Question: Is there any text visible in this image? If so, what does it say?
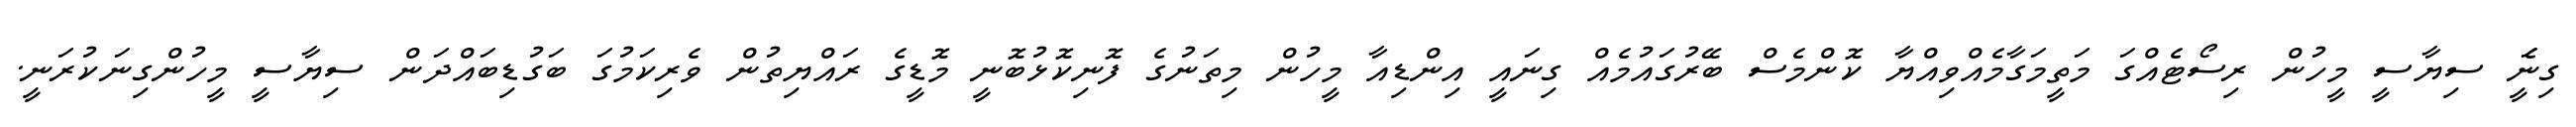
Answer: ގިނަެީ ސިޔާސީ މީހުން ރިސޯޓެއްގަ މަތީމަގާމެއްވިއްޔާ ކޮންމެސް ބޭރުގައުމެއް ގިނައީ އިންޑިއާ މީހުން މިތަނުގެ ފޮނިކޮޅުބޮނީ މޮޑީގެ ރައްޔިތުން ވެރިކަމުގަ ބަގުޑިބައްދަން ސިޔާސީ މީހުންގިނަކުރަނީ.